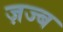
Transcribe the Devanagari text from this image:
ज़ज्ब